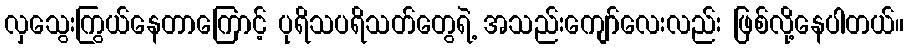
လှသွေးကြွယ်နေတာကြောင့် ပုရိသပရိသတ်တွေရဲ့ အသည်းကျော်လေးလည်း ဖြစ်လို့နေပါတယ်။